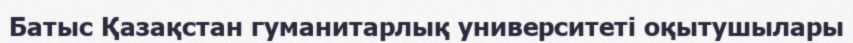
Батыс Қазақстан гуманитарлық университеті оқытушылары